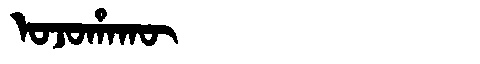
Manchu: ᠣᠵᠣᡥᠠᡴᡡ
Romanization: OJOHAKŪ